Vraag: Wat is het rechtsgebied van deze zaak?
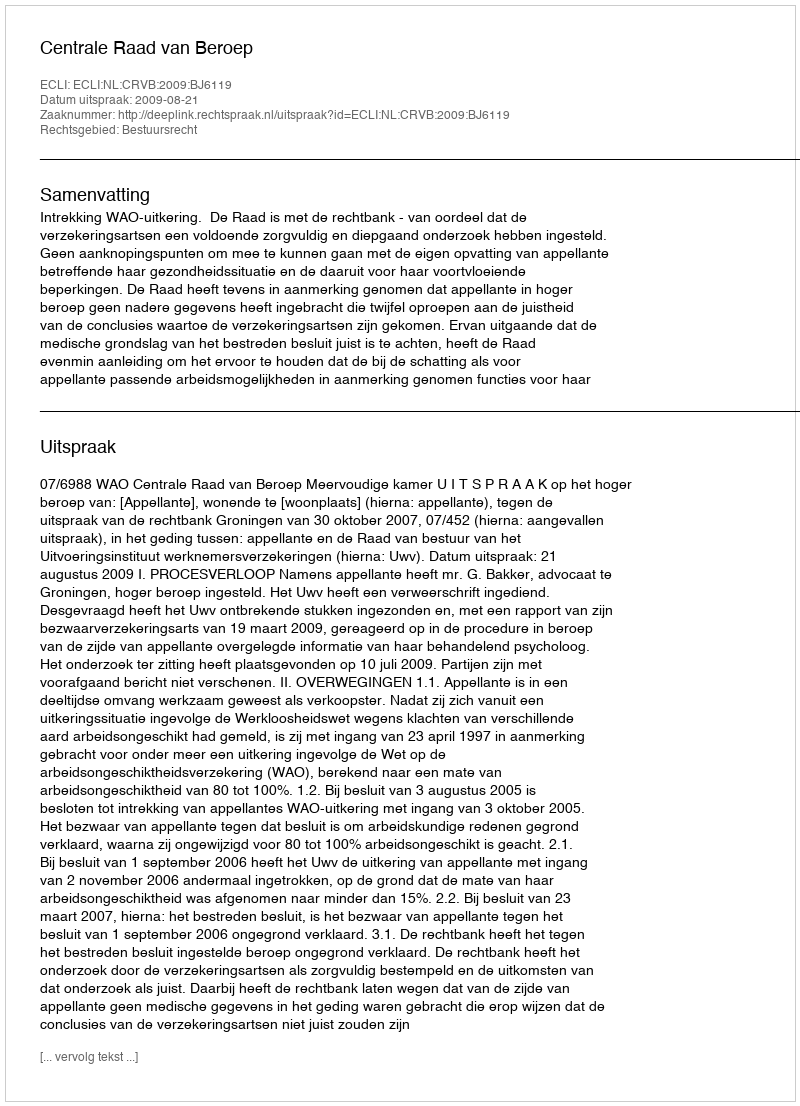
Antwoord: Bestuursrecht